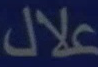
علال